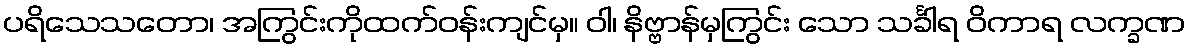
ပရိသေသတော၊ အကြွင်းကိုထက်ဝန်းကျင်မှ။ ဝါ၊ နိဗ္ဗာန်မှကြွင်း သော သင်္ခါရ ဝိကာရ လက္ခဏ